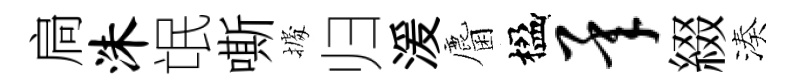
扃洙氓嘶𢴃归湲麕楹承綴湊